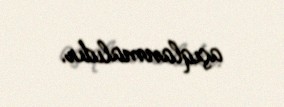
açıqlanmalıdır.